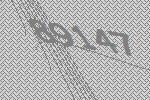
89147